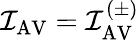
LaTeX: \mathcal{I}_{\mathrm{{AV}}}=\mathcal{I}_{\mathrm{{AV}}}^{(\pm)}